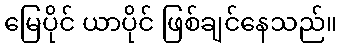
မြေပိုင် ယာပိုင် ဖြစ်ချင်နေသည်။